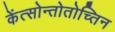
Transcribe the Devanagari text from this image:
केंत्सोन्तोतोच्तिन